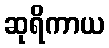
ဆုရိကာယ